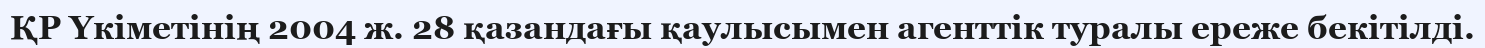
ҚР Үкіметінің 2004 ж. 28 қазандағы қаулысымен агенттік туралы ереже бекітілді.